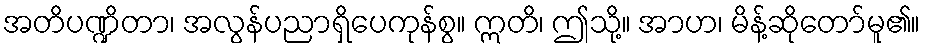
အတိပဏ္ဍိတာ၊ အလွန်ပညာရှိပေကုန်စွ။ ဣတိ၊ ဤသို့။ အာဟ၊ မိန့်ဆိုတော်မူ၏။